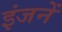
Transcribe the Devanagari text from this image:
इंजनें